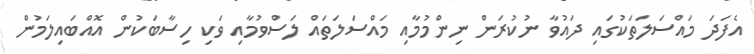
އެފަދަ މައްސަލަތަކުގައި ދައުވާ ނުކުރަން ނިންމުމާއި މައްސަލަތައް ލަސްވުމާއި ވަކި ހިސާބަކުން އޮއްބައިލަމުން